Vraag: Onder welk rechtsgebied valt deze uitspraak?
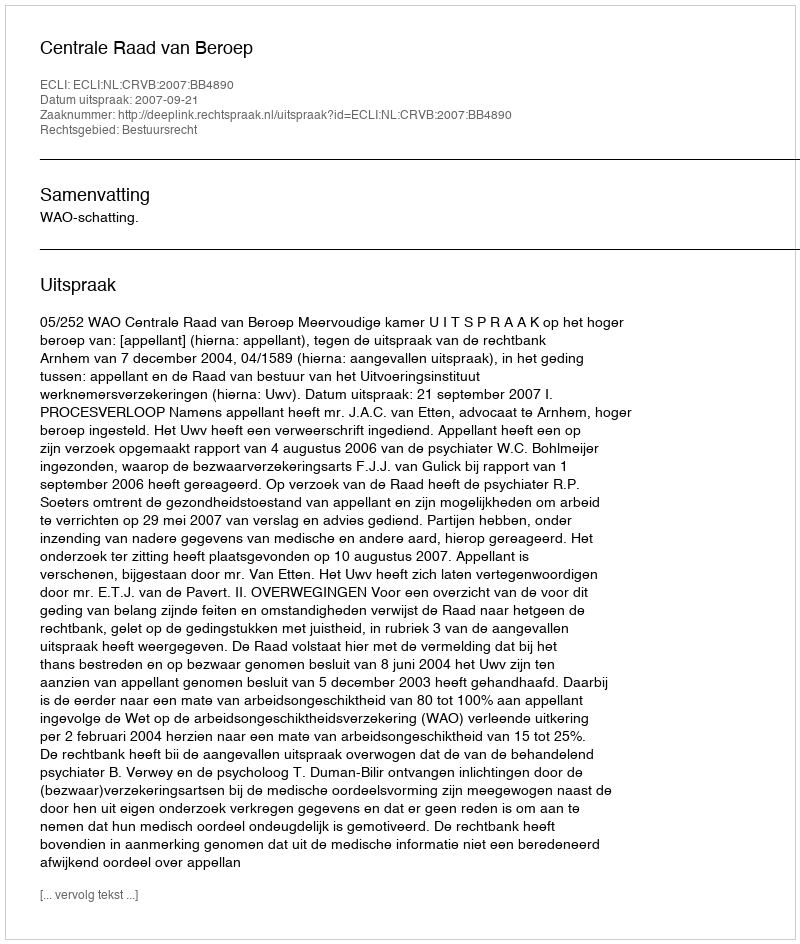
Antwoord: Bestuursrecht